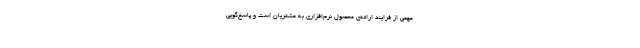
مهمی از فرایند ارائه‌ی محصول نرم‌افزاری به مشتریان است و پاسخ‌گویی